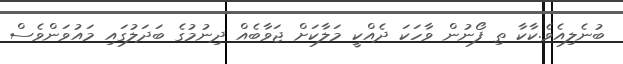
ބުނެލިއެވެ.ކާކާ ތި ފޯނުން ވާހަކަ ދެއްކީ މަލާކަށް ޖަވާބެއް ދިނުމުގެ ބަދަލުގައި މައުވަންވެސް